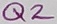
Text: Q2